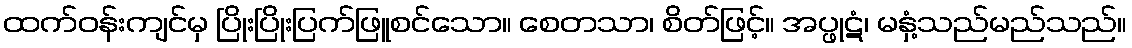
ထက်ဝန်းကျင်မှ ပြိုးပြိုးပြက်ဖြူစင်သော။ စေတသာ၊ စိတ်ဖြင့်။ အပ္ဖုဋံ၊ မနှံ့သည်မည်သည်။